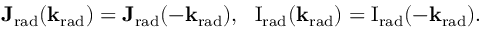
\mathbf { J _ { \mathrm { { r a d } } } } ( \mathbf { k } _ { \mathrm { r a d } } ) = \mathbf { J _ { \mathrm { { r a d } } } } ( - \mathbf { k } _ { \mathrm { r a d } } ) , ~ ~ \mathrm { { I } } _ { \mathrm { r a d } } ( \mathbf { k } _ { \mathrm { { r a d } } } ) = { \mathrm { I } } _ { \mathrm { { r a d } } } ( - \mathbf { k } _ { \mathrm { r a d } } ) .